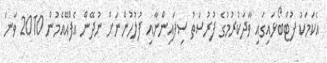
އެކަމަކު ފުޓްބޯޅައިގައި ވާދަކުރުމުގެ ފުރުސަތު ސިފައިންނާއި ފުލުހުންނަށް ނުދޭން އެފްއޭއެމުން 2010 ވަނަ